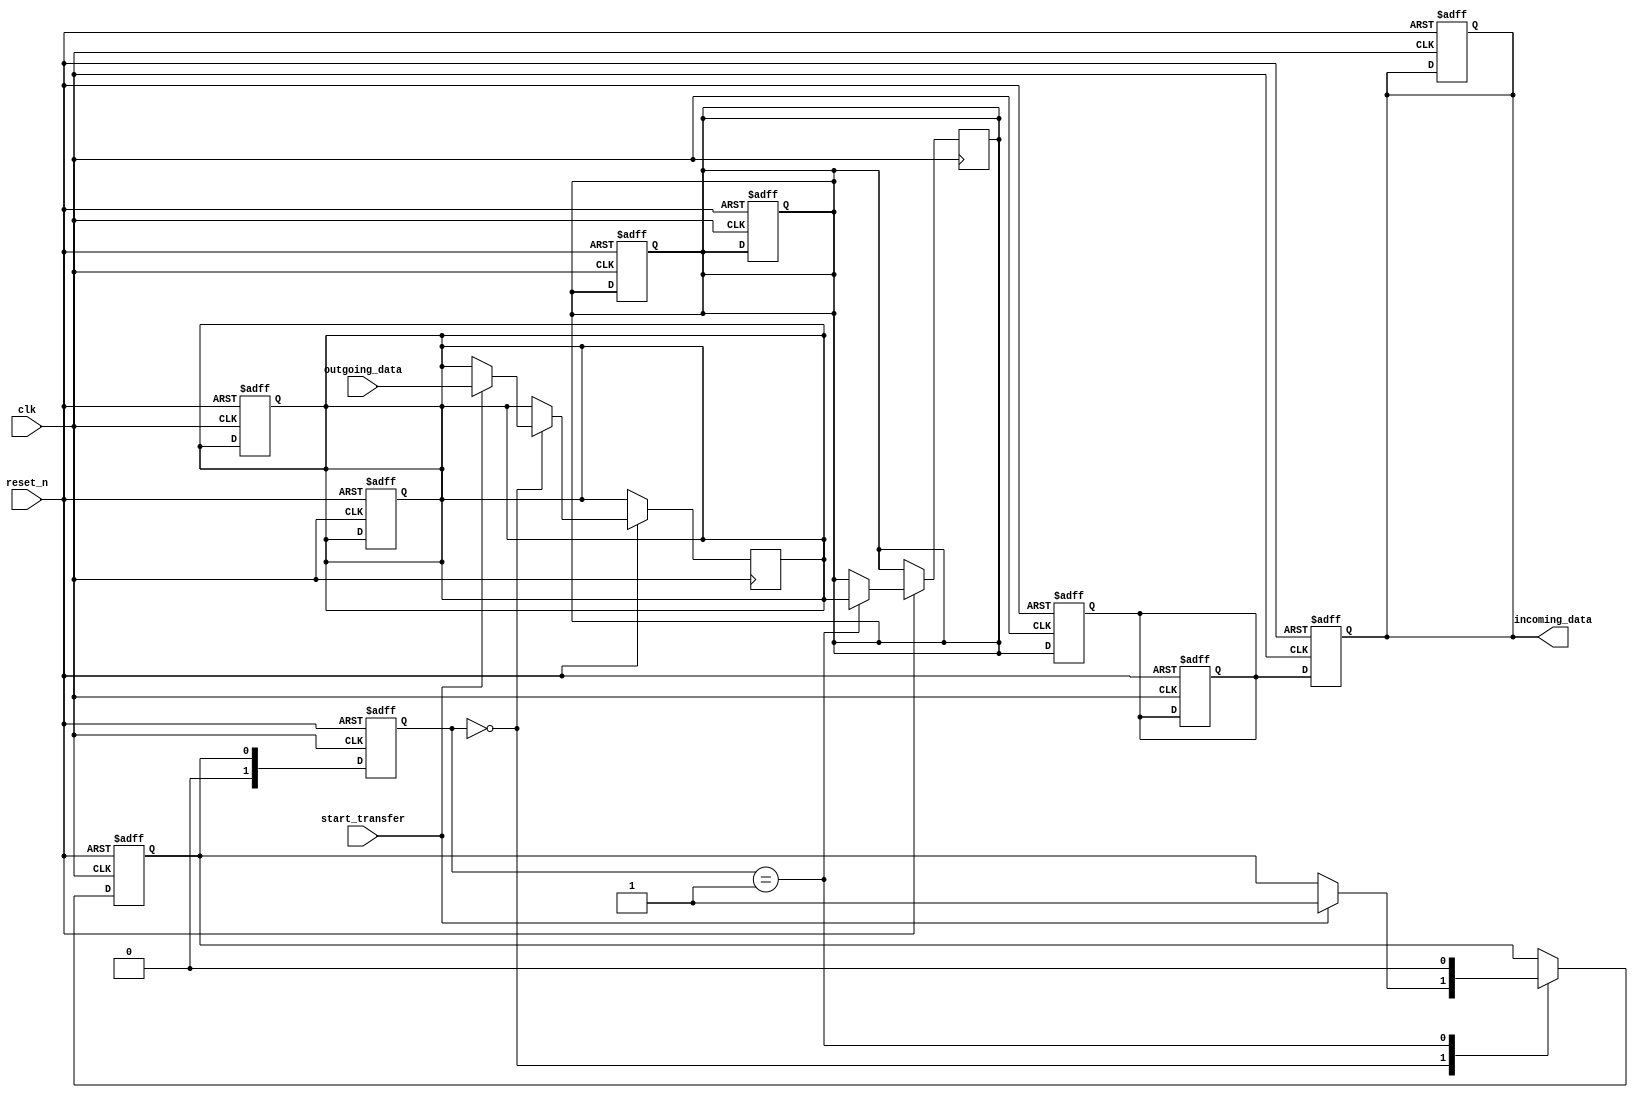
module spi_master (
  // Inputs
  input wire clk,
  input wire reset_n,
  input wire start_transfer,
  input wire [7:0] outgoing_data,

  // Outputs
  output reg [7:0] incoming_data
);

  // Define states for the state machine
  parameter IDLE = 2'b00;
  parameter TRANSFER = 2'b01;

  // Define signals for the state machine
  reg [1:0] state;
  reg next_state;

  // Define signals for data buffer
  reg [7:0] data_buffer_out;
  reg [7:0] data_buffer_in;

  // Define signals for shift register
  reg [7:0] shift_register_out;
  reg [7:0] shift_register_in;

  // Clock generator block
  always @(posedge clk or negedge reset_n) begin
    if (!reset_n) begin
      // Reset signals
      state <= IDLE;
      data_buffer_out <= 8'b0;
      data_buffer_in <= 8'b0;
      shift_register_out <= 8'b0;
      shift_register_in <= 8'b0;
    end else begin
      // Update state machine
      state <= next_state;
    end
  end

  // Control block for initiating and managing transactions
  always @(posedge clk or negedge reset_n) begin
    if (!reset_n) begin
      // Reset block
      next_state <= IDLE;
    end else begin
      // Handle transactions
      case (state)
        IDLE: begin
          if (start_transfer) begin
            data_buffer_out <= outgoing_data;
            next_state <= TRANSFER;
          end
        end
        TRANSFER: begin
          // Transfer data
          shift_register_out <= data_buffer_out;
          next_state <= IDLE;
        end
      endcase
    end
  end

  // Data buffer block for storing data
  always @(posedge clk or negedge reset_n) begin
    if (!reset_n) begin
      // Reset block
      data_buffer_out <= 8'b0;
      data_buffer_in <= 8'b0;
    end else begin
      // Store incoming data
      data_buffer_in <= shift_register_in;
    end
  end

  // Shift register block for serializing/deserializing data
  always @(posedge clk or negedge reset_n) begin
    if (!reset_n) begin
      // Reset block
      shift_register_out <= 8'b0;
      shift_register_in <= 8'b0;
    end else begin
      // Shift data
      shift_register_in <= shift_register_out;
    end
  end

  // Data transfer block for managing data transfer
  assign incoming_data = data_buffer_in;

endmodule